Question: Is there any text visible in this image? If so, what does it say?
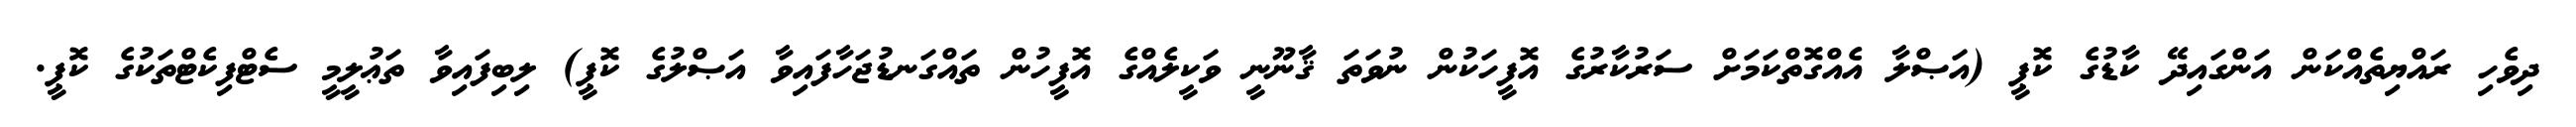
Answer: ދިވެހި ރައްޔިތެއްކަން އަންގައިދޭ ކާޑުގެ ކޮޕީ (އަޞްލާ އެއްގޮތްކަމަށް ސަރުކާރުގެ އޮފީހަކުން ނުވަތަ ޤާނޫނީ ވަކީލެއްގެ އޮފީހުން ތައްގަނޑުޖަހާފައިވާ އަޞްލުގެ ކޮޕީ) ލިބިފައިވާ ތަޢުލީމީ ސެޓްފިކެޓްތަކުގެ ކޮޕީ.